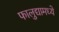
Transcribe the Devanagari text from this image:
फालुद्यामध्ये